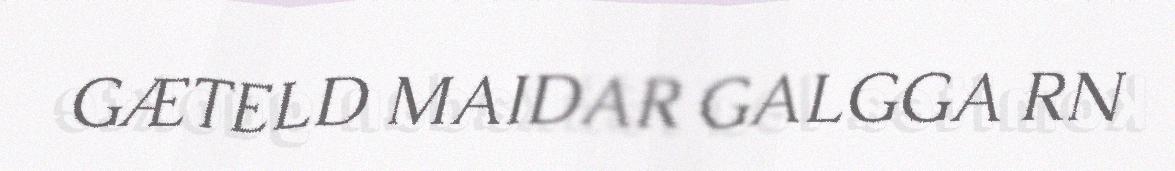
GÆTELD MAIDAR GALGGA RN